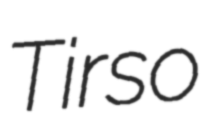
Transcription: Tirso